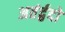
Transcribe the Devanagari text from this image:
अतंर्द्वदों